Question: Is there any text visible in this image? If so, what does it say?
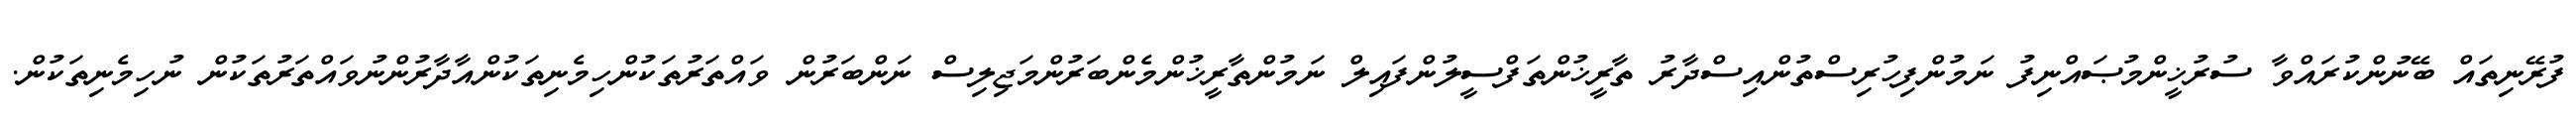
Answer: ފުރޭނިތައް ބޭނުންކުރައްވާ ސުރުޚީންމުޞައްނިފު ނަމުންފިހުރިސްތުންއިސްދާރު ތާރީޚުންތަފްސީލުންފައިލް ނަމުންތާރީޚުންމެންބަރުންމަޖިލިސް ނަންބަރުން ވައްތަރުތަކުންހިމެނިތަކުންއާދާރުންނުވައްތަރުތަކުން ނުހިމެނިތަކުން.